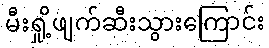
မီးရှို့ဖျက်ဆီးသွားကြောင်း